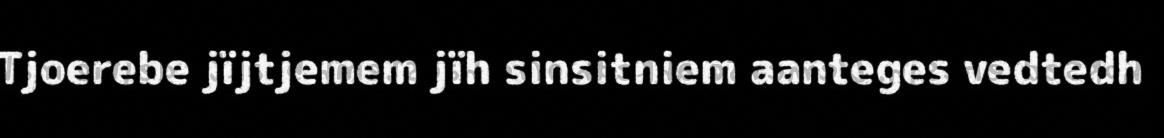
Tjoerebe jïjtjemem jïh sinsitniem aanteges vedtedh